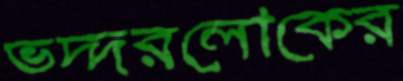
ভদ্দরলোকের